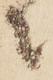
者